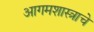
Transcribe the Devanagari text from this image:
आगमशास्त्राचे